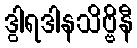
ဒွါရဒါနသိဗ္ဗိနီ